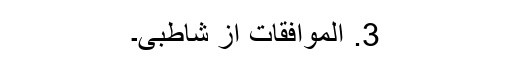
3. الموافقات از شاطبی۔